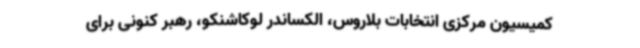
کمیسیون مرکزی انتخابات بلاروس، الکساندر لوکاشنکو، رهبر کنونی برای